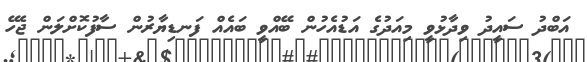
އަބްދު ސައީދު ވިދާޅުވީ މިއަދުގެ އަޑުއެހުން ބޭއްވީ ބައެއް ފަނޑިޔާރުން ސާފުކޮށްލަން ޖެހޭ